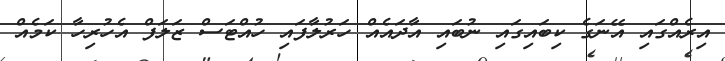
އިރެއްގައި އޭނަގެ ކިބައިގައި ނުބައި އާދައެއް ހަރުލާފައި ހުއްޓަސް ޒަލަފް އެހުރިހާ ކަމެއް